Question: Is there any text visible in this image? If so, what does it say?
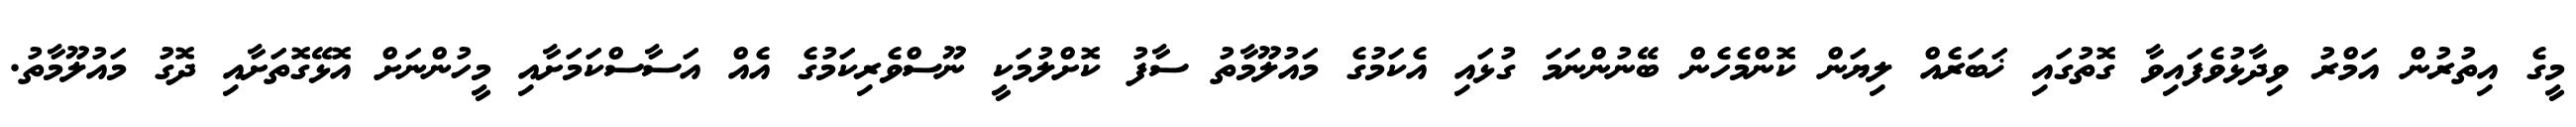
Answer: މީގެ އިތުރުން އަމްރު ވިދާޅުވެފައިވާ ގޮތުގައި ޚަބަރެއް ލިޔަން ކޮންމެހެން ބޭނުންނަމަ ގުޅައި އެކަމުގެ މައުލޫމާތު ސާފު ކޮށްލުމަކީ ނޫސްވެރިކަމުގެ އެއް އަސާސްކަމަށާއި މީހުންނަށް އޮޅޭގޮތަށާއި ދޮގު މައުލޫމާތު.